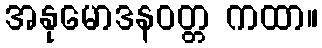
အနုမောဒနဝတ္တ ကထာ။